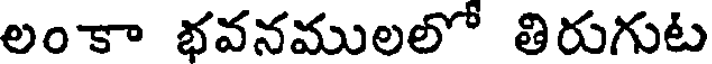
లంకా భవనములలో తిరుగుట